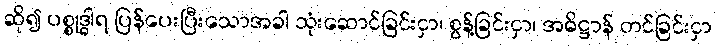
ဆို၍ ပစ္စုဒ္ဓါရ ပြန်ပေးပြီးသောအခါ သုံးဆောင်ခြင်းငှာ၊ စွန့်ခြင်းငှာ၊ အဓိဋ္ဌာန် တင်ခြင်းငှာ